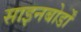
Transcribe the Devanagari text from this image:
साइनबोर्डों